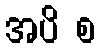
အပိ စ